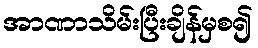
အာဏာသိမ်းပြီးချိန်မှစ၍